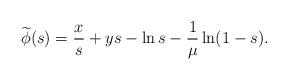
LaTeX: \begin{align*}\widetilde{\phi}(s)=\frac{x}{s}+ys-\ln s- \frac{1}{\mu}\ln(1-s).\end{align*}